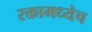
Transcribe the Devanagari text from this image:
रक्तामध्येच